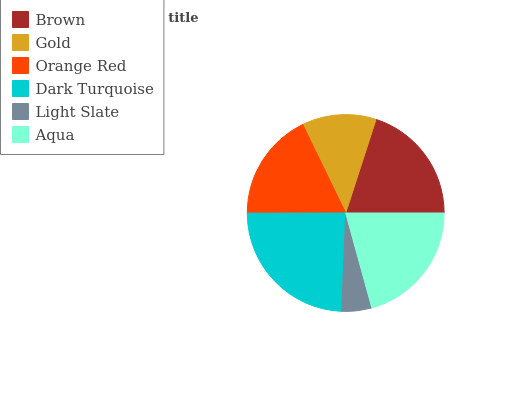
| Brown | Gold | Orange Red | Dark Turquoise | Light Slate | Aqua |
 | --- | --- | --- | --- | --- | --- |
 | 20% | 12.2% | 17.8% | 24.3% | 4.93% | 20.7% |